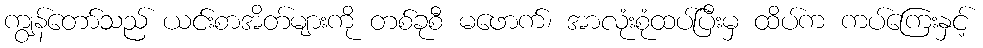
ကျွန်တော်သည် ယင်းစာအိတ်များကို တစ်ခုစီ မဖောက်၊ အာလုံးစုံထပ်ပြီးမှ ထိပ်က ကပ်ကြေးနှင့်